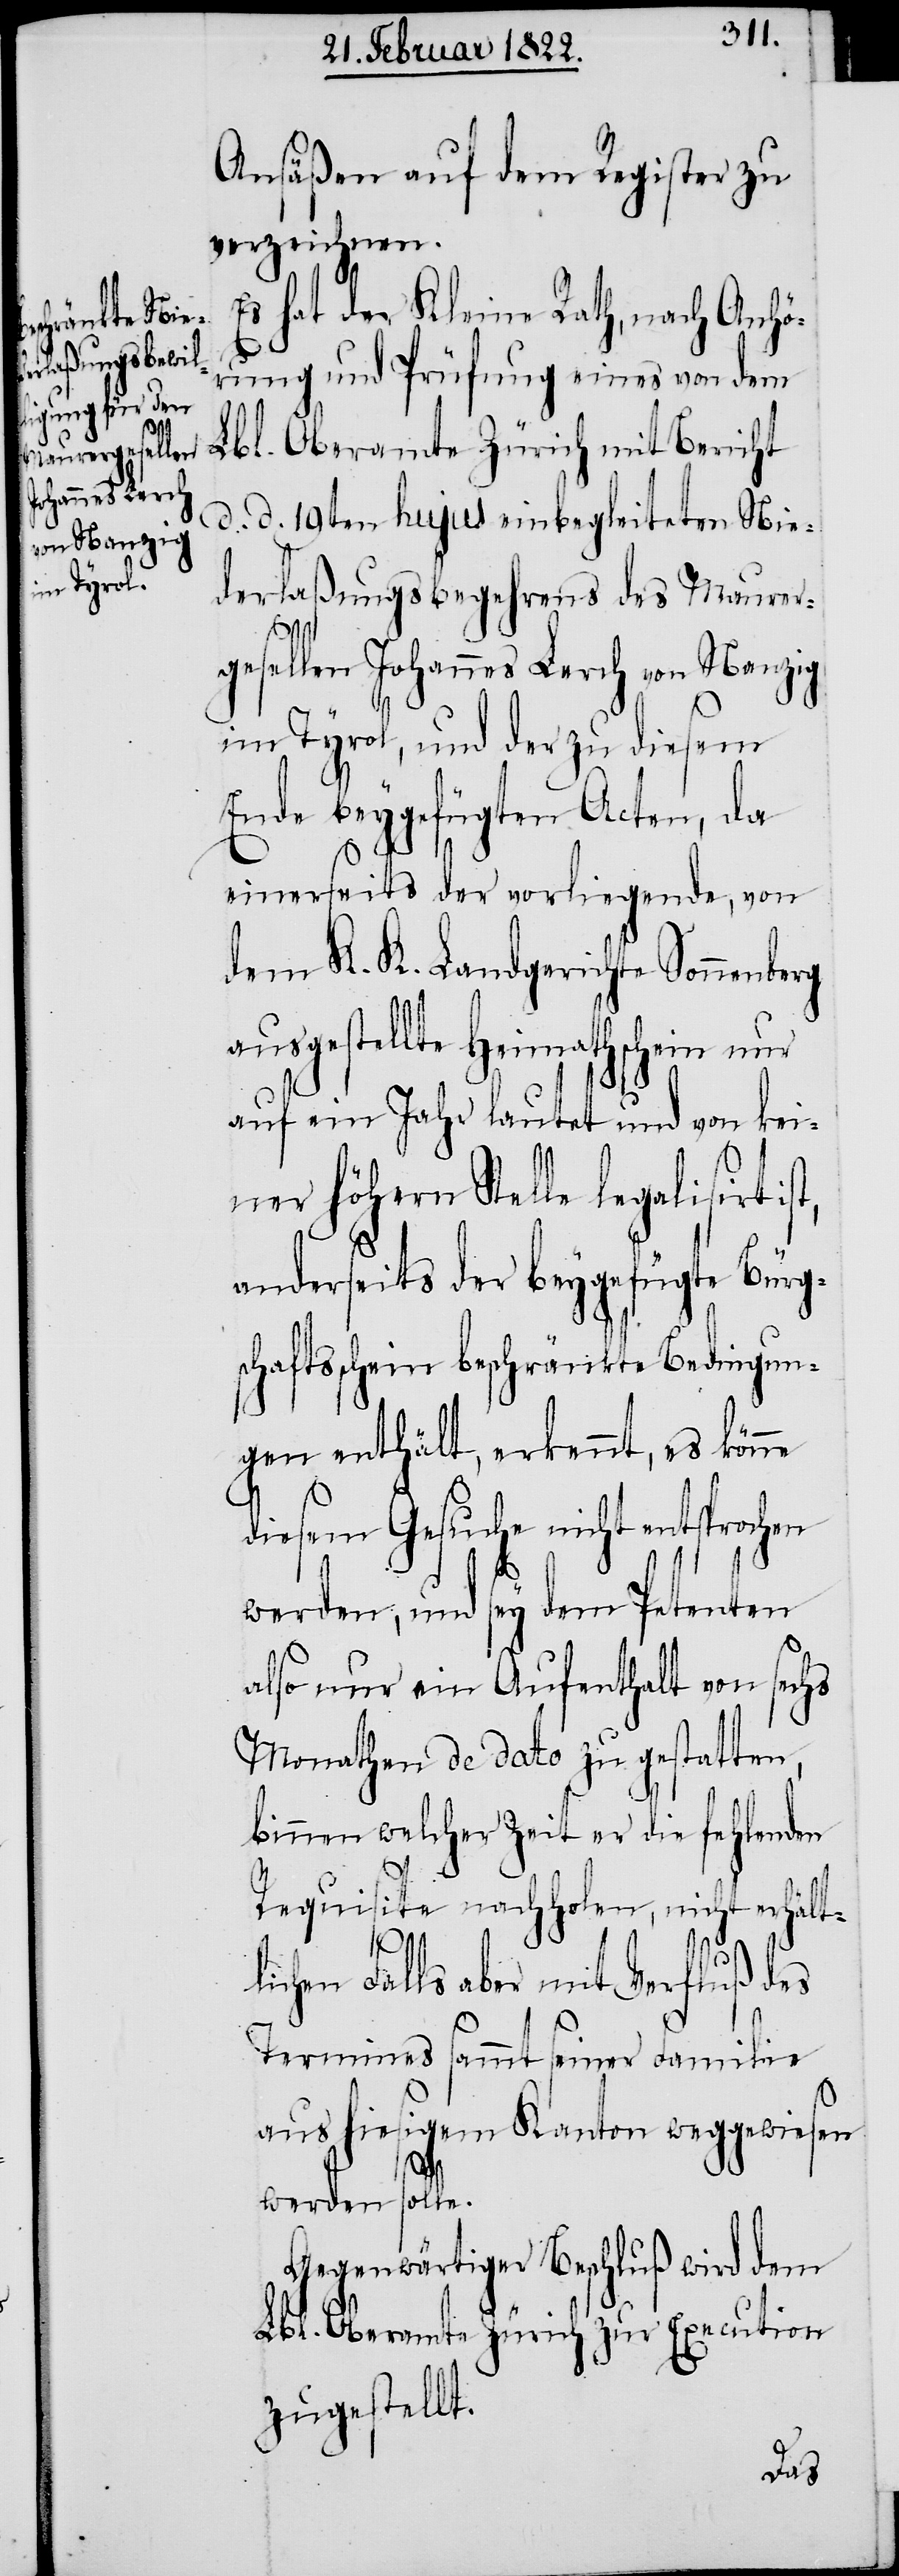
Ansäßen auf dem Register zu
verzeichnen.
Es hat der Kleine Rath, nach Anhö¬
rung und Prüfung eines von dem
Lbl. Oberamte Zürich mit Bericht
d. d. 19ten hujus einbegleiteten Nie¬
derlaßungsbegehrens des Maurer¬
gesellen Johannes Lerch von Nanzig
im Tyrol, und der zu diesem
Ende beygefügten Acten, da
einerseits der vorliegende, von
dem K. K. Landgerichte Sonnenbe¬
ausgestellte Heimathschein nur
auf ein Jahr lautet und von kei¬
ner höhern Stelle legalisirt
nderseits der beygefügte Bür¬
schaftsschein beschränkte Bedingun¬
gen enthält, erkennt, es könne
diesem Gesuche nicht entsprochen
werden, und sey dem Petenten
also nur ein Aufenthalt von sechs
Monathen de dato zu gestatten,
binnen welcher Zeit er die fehlenden
g¬
Requisite nachholen, nicht erhält¬
lichen Falls aber mit Verfluß des
Termines sammt seiner Familie
aus hiesigem Kanton weggewiesen
werden solle.
Gegenwärtiger Beschluß wird dem
Lbl. Oberamte Zürich zur Execution
zugestellt.